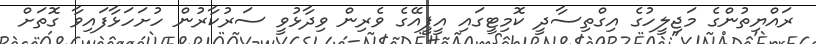
ރައްޔިތުންގެ މަޖިލީހުގެ އިގްތިސާދީ ކޮމިޓީގައި އީޕީއޭގެ ވެރިން ވިދާޅުވީ ސަރުކާރުން ހުށަހަޅާފައިވާ ގޮތަށް